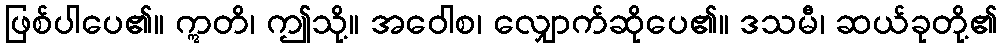
ဖြစ်ပါပေ၏။ ဣတိ၊ ဤသို့။ အဝေါစ၊ လျှောက်ဆိုပေ၏။ ဒသမီ၊ ဆယ်ခုတို့၏